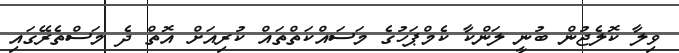
ވިލާ ކޮލެޖުން ބުނީ ލަންކާ ކެމްޕަހުގެ މަސައްކަތްތައް ކުރިއަށް އޮތް ދެ މަސްތެރޭގައި